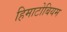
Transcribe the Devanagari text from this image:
हिमाटोबियम